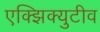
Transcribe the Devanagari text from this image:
एक्झिक्युटीव